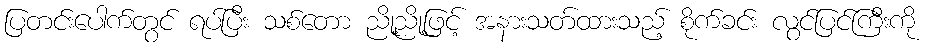
ပြတင်းပေါက်တွင် ရပ်ပြီး သစ်တော ညို့ညို့ဖြင့် အနားသတ်ထားသည့် စိုက်ခင်း လွင်ပြင်ကြီးကို